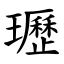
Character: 瓑